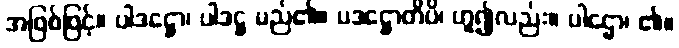
အဖြစ်ဖြင့်။ ပါဒဋ္ဌော၊ ပါဒဋ္ဌ မည်၏။ ပဒဋ္ဌောတိပိ၊ ဟူ၍လည်း။ ပါဌော၊ ၏။